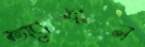
অ্যাস্টন